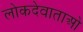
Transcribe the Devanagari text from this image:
लोकदेवाताओ